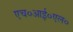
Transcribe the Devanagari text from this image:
एच०आई०एल०